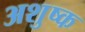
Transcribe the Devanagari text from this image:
अशुष्क